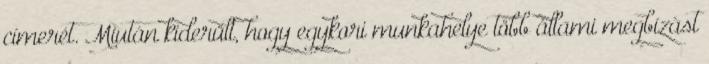
címerét. Miután kiderült, hogy egykori munkahelye több állami megbízást